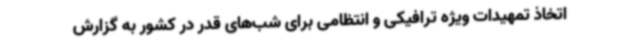
اتخاذ تمهیدات ویژه ترافیکی و انتظامی برای شب‌های قدر در کشور به گزارش